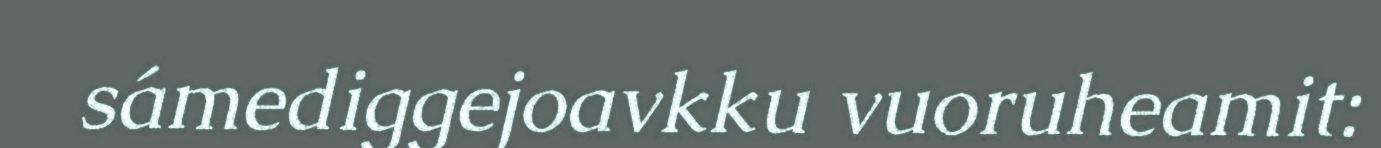
sámediggejoavkku vuoruheamit: